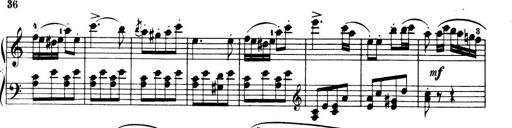
Title: 32 Sonatinas and Rondos for the Piano
Composer: Richard Kleinmichel